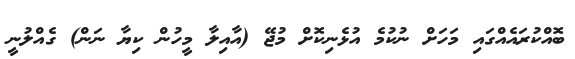
ބޮއްކުރައެއްގައި މަހަށް ނުކުމެ އުޅެނިކޮށް މުޖޭ (އާއިލާ މީހުން ކިޔާ ނަން) ގެއްލުނީ